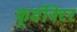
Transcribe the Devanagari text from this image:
कूर्डीनेटर